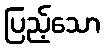
ပြည့်သော